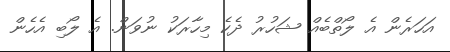
އަހަރެން އެ ލޯތްބެއް ޝަހުރު ދެކެ މިހާރަކު ނުވަން. އެ ލޯބި އެހެން